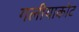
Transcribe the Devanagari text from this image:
गलीयाकोट